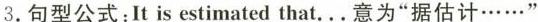
3.句型公式:It is estimated that...意为"据估计……"